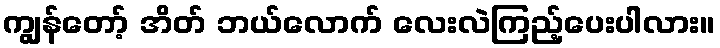
ကျွန်တော့် အိတ် ဘယ်လောက် လေးလဲကြည့်ပေးပါလား။